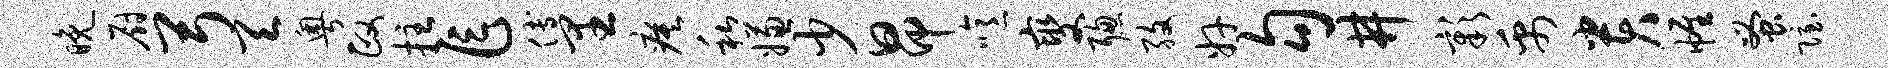
晚厨弓天粤政拄乍傅里瘼私嫌少昂噫燮聪孜奸勾井彰禹贵帷蚤隐